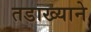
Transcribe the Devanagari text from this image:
तडाख्याने